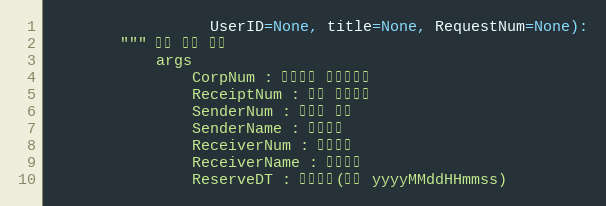
Language: Python
                  UserID=None, title=None, RequestNum=None):
        """ 팩스 단건 전송
            args
                CorpNum : 팝빌회원 사업자번호
                ReceiptNum : 팩스 접수번호
                SenderNum : 발신자 번호
                SenderName : 발신자명
                ReceiverNum : 수신번호
                ReceiverName : 수신자명
                ReserveDT : 예약시간(형식 yyyyMMddHHmmss)